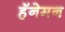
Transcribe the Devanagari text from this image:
हॅनेमन